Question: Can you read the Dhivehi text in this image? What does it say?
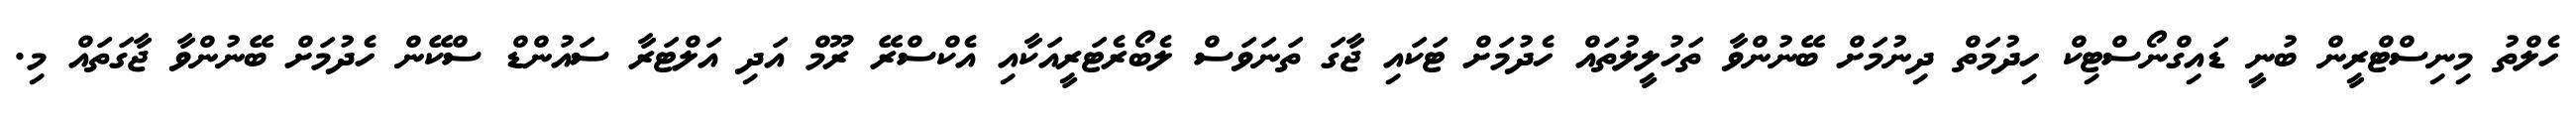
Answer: ހެލްތު މިނިސްޓްރީން ބުނީ ޑައިގްނޯސްޓިކް ހިދުމަތް ދިނުމަށް ބޭނުންވާ ތަހުލީލުތައް ހެދުމަށް ޓަކައި ޖާގަ ތަނަވަސް ލެބޯރެޓަރީއަކާއި އެކްސްރޭ ރޫމް އަދި އަލްޓަރާ ސައުންޑް ސްކޭން ހެދުމަށް ބޭނުންވާ ޖާގަތައް މި.